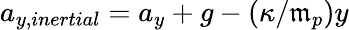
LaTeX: a_{y,inertial}=a_{y}+g-(\kappa/\mathfrak{m}_{p})y